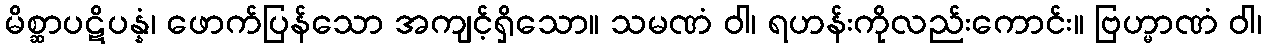
မိစ္ဆာပဋိပန္နံ၊ ဖောက်ပြန်သော အကျင့်ရှိသော။ သမဏံ ဝါ၊ ရဟန်းကိုလည်းကောင်း။ ဗြဟ္မာဏံ ဝါ၊